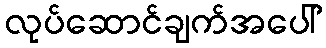
လုပ်ဆောင်ချက်အပေါ်